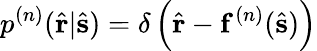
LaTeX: p^{(n)}(\hat{\mathbf{r}}|\hat{\mathbf{s}})=\delta\left(\hat{\mathbf{r}}-\mathbf{f}^{(n)}(\hat{\mathbf{s}})\right)